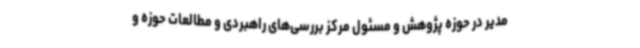
مدیر در حوزه پژوهش و مسئول مرکز بررسی‌های راهبردی و مطالعات حوزه و